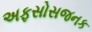
અફસોસજનક